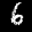
Label: 6